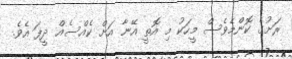
ރަށުގެ ކޮންމެވެސް މީހަކު މި އޮތީ އޭނާ އަށް ކެއްސެއް ދީފަ އެވެ.